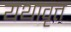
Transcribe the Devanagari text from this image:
यथावृत्त